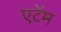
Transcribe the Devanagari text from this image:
एटॅम